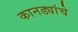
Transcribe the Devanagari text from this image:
कानड्यांचे